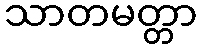
သာတမတ္တာ